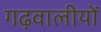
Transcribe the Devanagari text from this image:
गढ़वालीयों